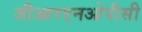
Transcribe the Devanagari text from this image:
जीआरएनओपीसी